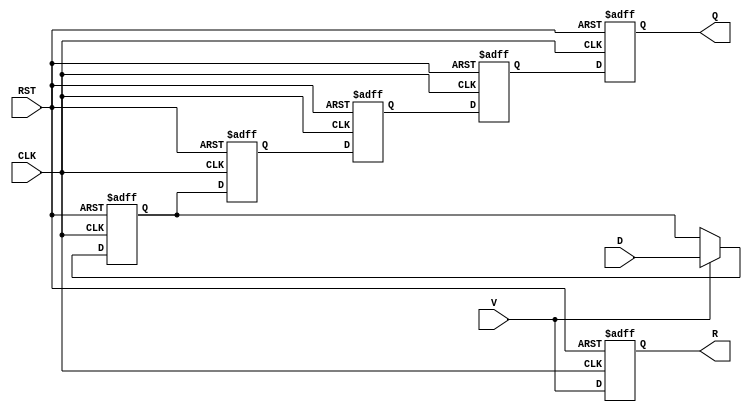
module PipelineBuffer #(
    parameter DEPTH = 4,  // Number of stages in the pipeline
    parameter DATA_WIDTH = 8  // Width of the data input
)(
    input wire [DATA_WIDTH-1:0] D,  // Data input
    input wire CLK,                  // Clock signal
    input wire RST,                  // Asynchronous reset
    input wire V,                    // Valid signal
    output reg [DATA_WIDTH-1:0] Q,   // Data output
    output reg R                     // Ready signal
);

    // Internal registers for the pipeline stages
    reg [DATA_WIDTH-1:0] buffer [0:DEPTH-1];

    integer i;

    always @(posedge CLK or posedge RST) begin
        if (RST) begin
            // Clear all stages on reset
            for (i = 0; i < DEPTH; i = i + 1) begin
                buffer[i] <= 0;
            end
            Q <= 0;
            R <= 0;
        end else begin
            // Shift data through the pipeline
            if (V) begin
                buffer[0] <= D;  // Latch input data into the first stage
            end
            
            for (i = 1; i < DEPTH; i = i + 1) begin
                buffer[i] <= buffer[i-1];  // Shift data to the next stage
            end
            
            // Output the data from the last stage
            Q <= buffer[DEPTH-1];
            R <= V;  // Set ready signal based on valid input
        end
    end

endmodule